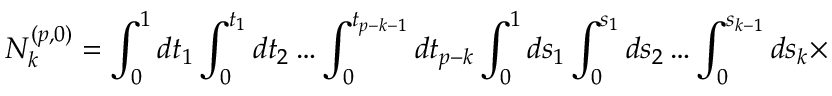
N _ { k } ^ { ( p , 0 ) } = \int _ { 0 } ^ { 1 } d t _ { 1 } \int _ { 0 } ^ { t _ { 1 } } d t _ { 2 } \ldots \int _ { 0 } ^ { t _ { p - k - 1 } } d t _ { p - k } \int _ { 0 } ^ { 1 } d s _ { 1 } \int _ { 0 } ^ { s _ { 1 } } d s _ { 2 } \ldots \int _ { 0 } ^ { s _ { k - 1 } } d s _ { k } \times